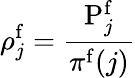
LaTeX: \rho_{j}^{\mathrm f}=\frac{\mathrm{P}_{j}^{\mathrm f}}{\pi^{\mathrm f}(j)}